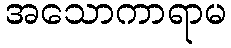
အသောကာရာမ